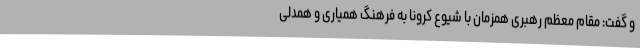
و گفت: مقام معظم رهبری همزمان با شیوع کرونا به فرهنگ همیاری و همدلی